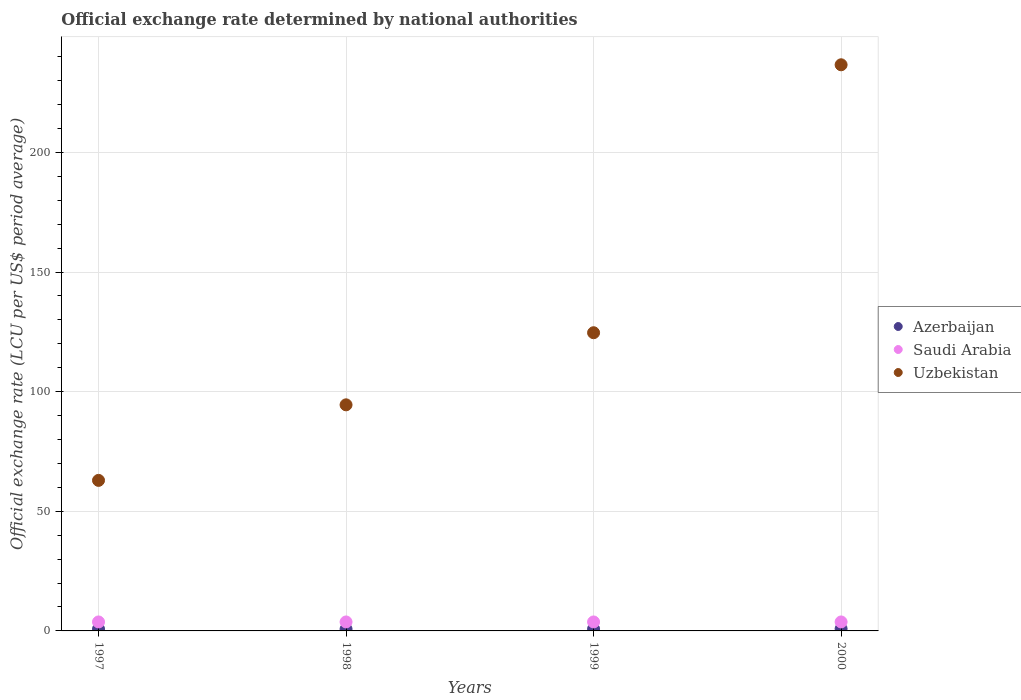
| Years | Azerbaijan | Saudi Arabia | Uzbekistan |
 | --- | --- | --- | --- |
 | 1997 | 0.797 | 3.75 | 62.9 |
 | 1998 | 0.774 | 3.75 | 94.5 |
 | 1999 | 0.824 | 3.75 | 125 |
 | 2000 | 0.895 | 3.75 | 237 |